Vaccine operations Central Provinces 1900-1911 - 1900-1911
Year: 1900
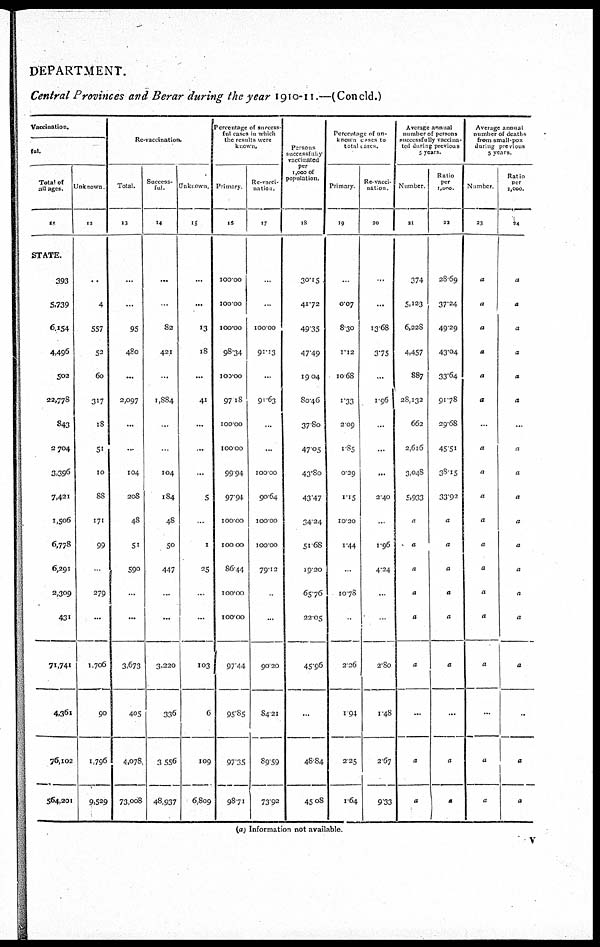
DEPARTMENT.
Central Provinces and Berar during the year 1910-11.—(Concld.)
Vaccination.
ful
Total of
all ages.
11
STATE.
393
5,739
6,154
4,496
502
22,778
843
2,704
3,396
7,421
1,506
6,778
6,291
2,309
431
71,741
4,361
76,102
564,201
Unknown
12
...
4
557
53
60
317
18
51
10
88
171
99
...
279
...
1,706
90
1,796
9,529
Re-vaccination.
Total.
13
...
...
95
480
...
2,097
...
...
104
208
48
51
590
...
...
3,673
405
4,078
73,008
Success-
ful.
14
...
...
82
421
...
1,884
...
...
104
184
48
50
447
...
...
3,220
336
3,556
48,937
Unknown.
15
...
...
13
18
...
41
...
...
...
5
...
1
25
...
...
103
6
109
6,809
Percentage of success-
ful cases in which
the results were
known.
Primary
16
100.00
100.00
100.00
98.34
100.00
97.18
100.00
100.00
99.94
97.94
100.00
100.00
86.44
100.00
100.00
97.44
95.85
97.35
98.71
Re-vacci-
nation.
17
...
...
100.00
91.13
...
91.63
...
...
100.00
90.64
100.00
100.00
79.12
...
...
90.20
84.21
89.59
73.92
Persons
successfully
vaccinated
per
1,000 of
population.
18
30.15
41.72
49.35
47.49
19.04
80.46
37.80
47.05
43.80
43.47
34.24
51.68
19.20
65.76
22.05
45.96
...
48.84
45.08
Percentage of un-
-nown cases to
total cases.
Primary
19
...
0.07
8.30
1.12
10.68
1.33
2.09
1.85
0.29
1.15
10.20
1.44
...
10.78
...
2.26
1.94
2.25
1.64
Re-vacci-
nation
20
...
...
13.68
3.75
...
1.96
...
...
...
2.40
...
1.96
4.24
...
...
2.80
1.48
2.67
9.33
Average annual
number of persons
successfully vaccina-
ted during previous
5 years.
Number
21
374
5,123
6,228
4,457
887
28,132
662
2,616
3,048
5,933
a
a
a
a
a
a
...
a
a
Ratio
per
1,000
22
28.69
37.24
49.29
43.04
33.64
91.78
29.68
45.51
38.15
33.92
a
a
a
a
a
a
...
a
a
Average annual
number of deaths
from small-pox
during previous
5 years
Number
23
a
a
a
a
a
a
...
a
a
a
a
a
a
a
a
a
...
a
a
Ratio
per
1,000.
24
a
a
a
a
a
a
...
a
a
a
a
a
a
a
a
a
...
a
a
(a) Information not available.
v